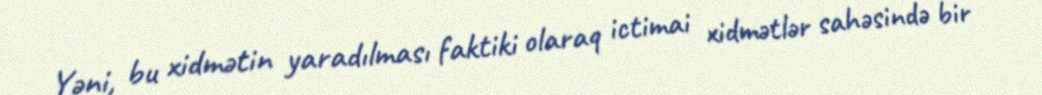
Yəni, bu xidmətin yaradılması faktiki olaraq ictimai xidmətlər sahəsində bir